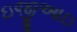
ઇજીઆઇ